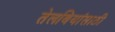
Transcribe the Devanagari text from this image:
तेलबियांसाठी